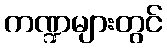
ကဏ္ဍများတွင်